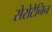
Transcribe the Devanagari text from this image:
सेरोटेनिन